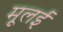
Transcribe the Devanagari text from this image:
मूलई